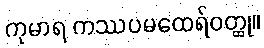
ကုမာရ ကဿပမထေရ်ဝတ္ထု။